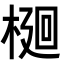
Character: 𭫎